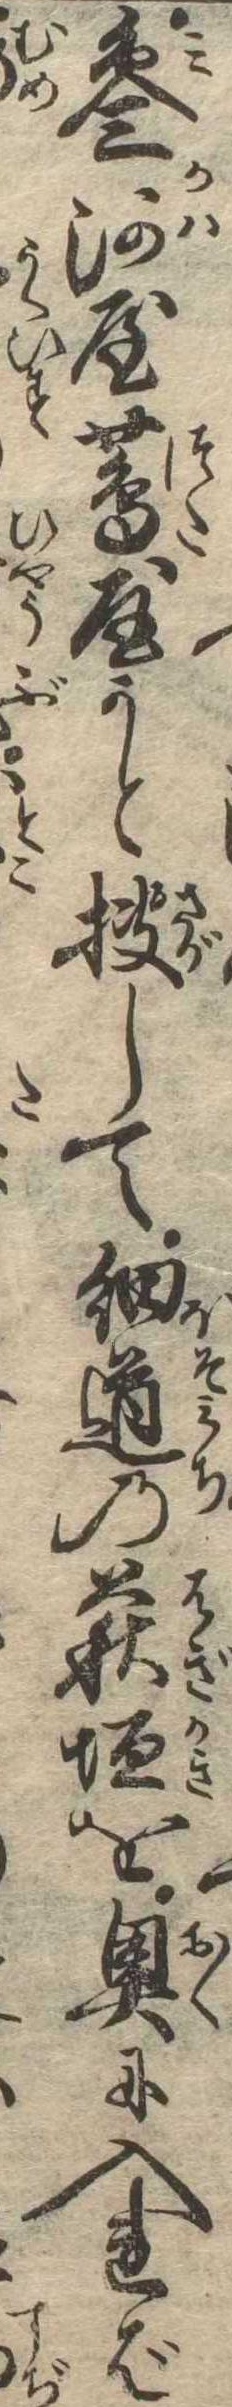
参河屋蔦屋かと捜して細道の萩垣を奥に入れば